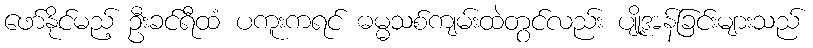
ဖော်နိုင်မည့် ဦးခင်ရီထံ ပကူးကရင် ဓမ္မသစ်ကျမ်းထဲတွင်လည်း ပျို့အန်ခြင်းများသည်